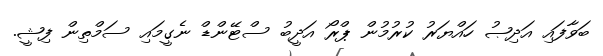
ބަވާފައި އަދިޞު ހައްޔަރު ކުރުމުން ޕްރޯ އަދީބު ސްޓޭންޑް ނެގީމައި ސަމްތިން ފިޝީ.